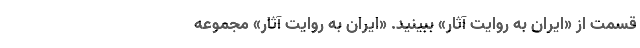
قسمت از «ایران به روایت آثار» ببینید. «ایران به روایت آثار» مجموعه‌